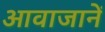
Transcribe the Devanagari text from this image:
आवाजानें